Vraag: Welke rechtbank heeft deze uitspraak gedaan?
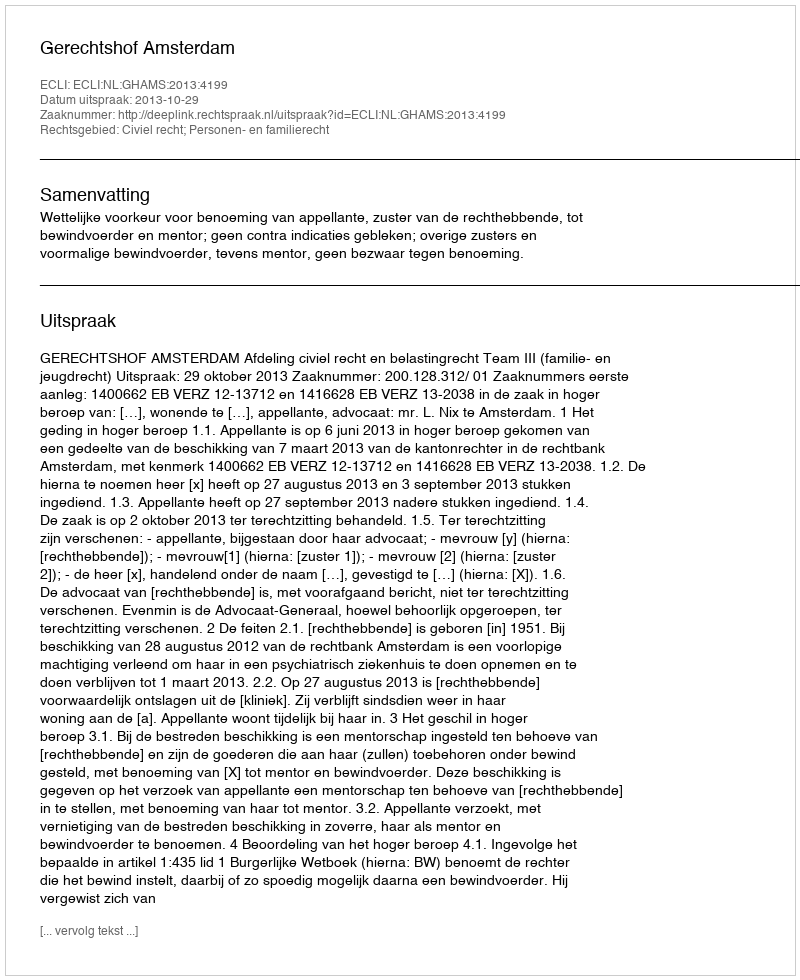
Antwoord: Gerechtshof Amsterdam